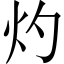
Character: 灼